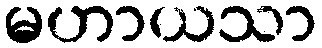
မဟာယသာ